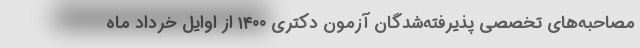
مصاحبه‌های تخصصی پذیرفته‌شدگان آزمون دکتری ۱۴۰۰ از اوایل خرداد ماه